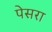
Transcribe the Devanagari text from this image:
पेसरा